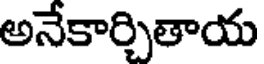
అనేకార్చితాయ